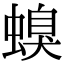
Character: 螑